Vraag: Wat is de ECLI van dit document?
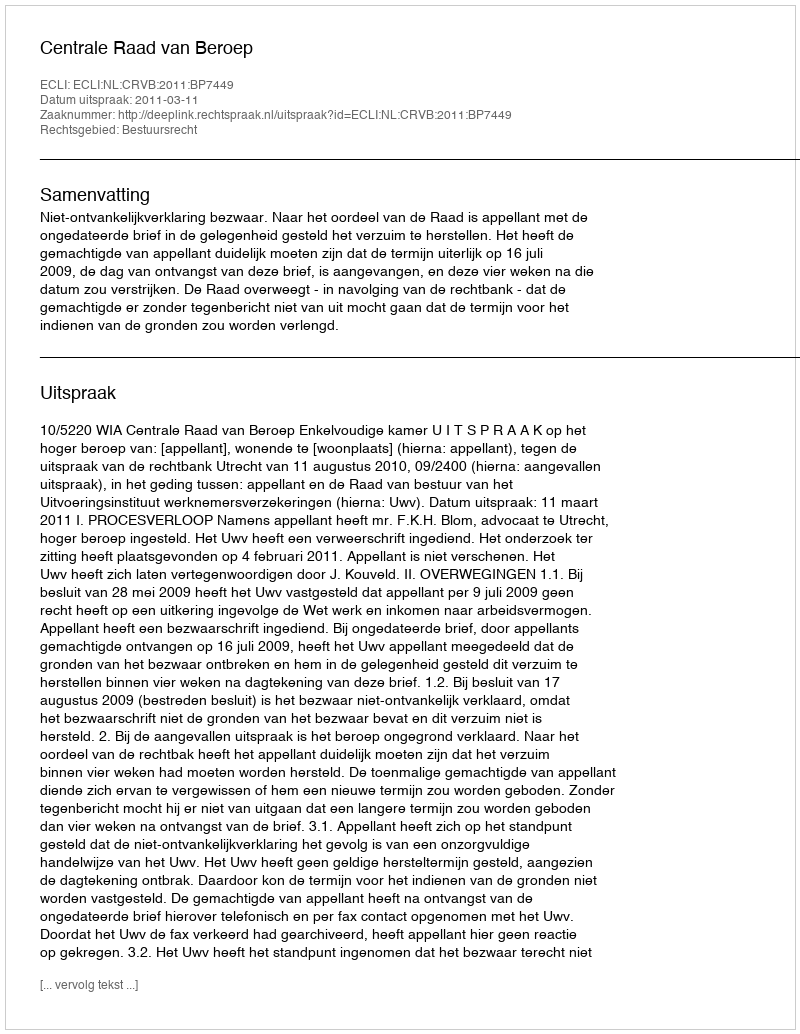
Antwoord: ECLI:NL:CRVB:2011:BP7449